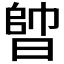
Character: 𣈪